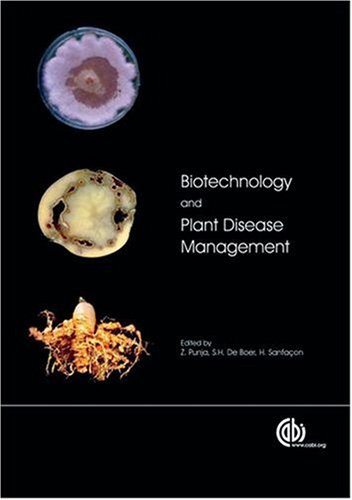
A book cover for Biotechnology and Plant Disease Management (Cabi Publishing); Zamir K Punja; Science & Math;